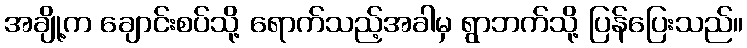
အချို့က ချောင်းစပ်သို့ ရောက်သည့်အခါမှ ရွာဘက်သို့ ပြန်ပြေးသည်။